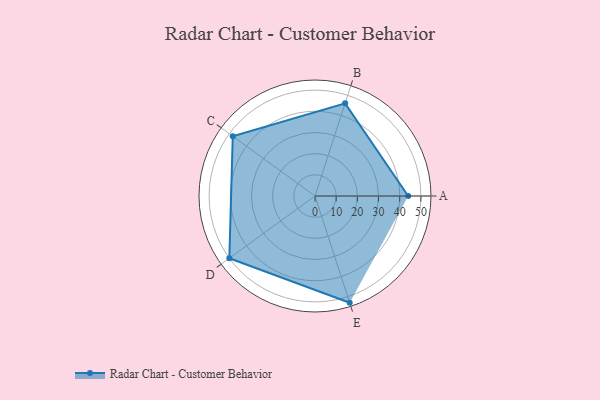
{"axis": {"x": "Skill", "y": "Score"}, "legend": ["Profile"], "data": [{"x": "A", "y": 44.0, "type": "Profile"}, {"x": "B", "y": 46.0, "type": "Profile"}, {"x": "C", "y": 48.0, "type": "Profile"}, {"x": "D", "y": 50.0, "type": "Profile"}, {"x": "E", "y": 53.0, "type": "Profile"}]}